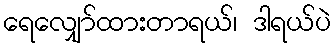
ရေလျှော်ထားတာရယ်၊ ဒါရယ်ပဲ